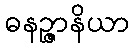
ဓနဉ္ဇာနိယာ